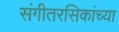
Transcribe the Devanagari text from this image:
संगीतरसिकांच्या